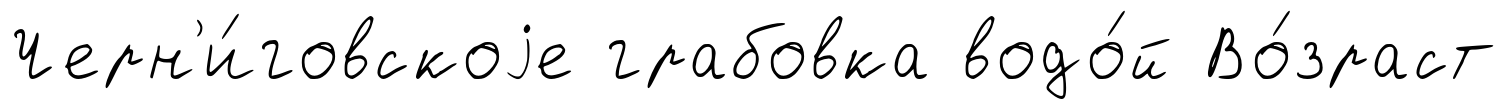
Черн'и́говскоjе грабовка водо́й Во́зраст